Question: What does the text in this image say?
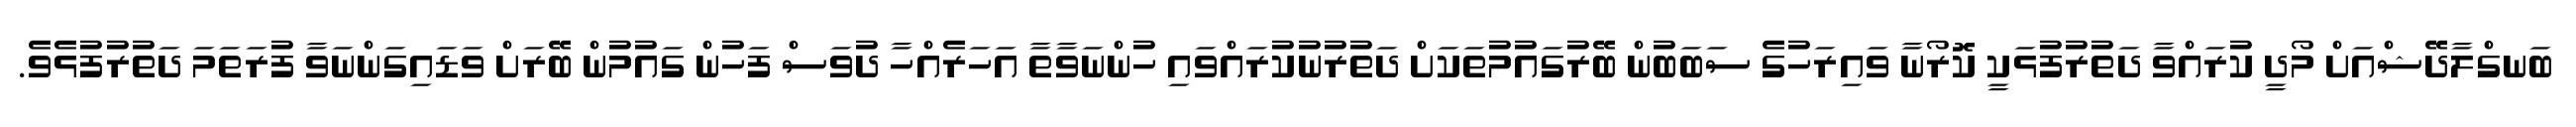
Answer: ބަނގްލާދޭޝްއަށް މޯދީ ކުރައްވާ ދަތުރުފުޅަކީ ކޮރޯނާ ވައިރަހުގެ ސަބަބުން ބޭރުގައުމުތަކަށް ދަތުރުނުކުރައްވައި ހުންނަވާތާ އަހަރެއްހާ ދުވަސް ފަހުން ގައުމުން ބޭރަށް ވަޑައިގަންނަވާ ފުރަތަމަ ދަތުރުފުޅެވެ.